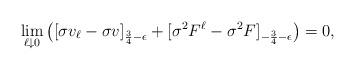
LaTeX: \begin{align*}\lim_{\ell\downarrow0}\big([\sigma v_\ell-\sigma v]_{\frac{3}{4}-\epsilon}+[\sigma^2 F^\ell-\sigma^2 F]_{-\frac{3}{4}-\epsilon}\big)=0,\end{align*}